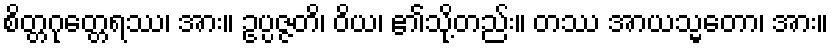
စိတ္တဂုတ္တေရဿ၊ အား။ ဥပ္ပဇ္ဇတိ၊ ဝိယ၊ ၏သို့တည်း။ တဿ အာယသ္မတော၊ အား။